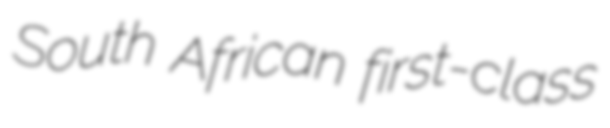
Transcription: South African first-class